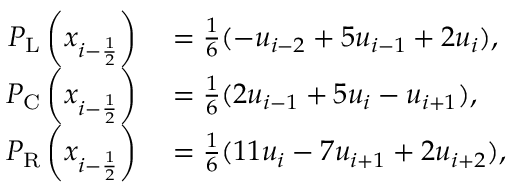
\begin{array} { r l } { P _ { \mathrm { L } } \left( x _ { i - \ensuremath { { \frac { 1 } { 2 } } } } \right) } & { { } = \frac { 1 } { 6 } ( - u _ { i - 2 } + 5 u _ { i - 1 } + 2 u _ { i } ) , } \\ { P _ { \mathrm { C } } \left( x _ { i - \ensuremath { { \frac { 1 } { 2 } } } } \right) } & { { } = \frac { 1 } { 6 } ( 2 u _ { i - 1 } + 5 u _ { i } - u _ { i + 1 } ) , } \\ { P _ { \mathrm { R } } \left( x _ { i - \ensuremath { { \frac { 1 } { 2 } } } } \right) } & { { } = \frac { 1 } { 6 } ( 1 1 u _ { i } - 7 u _ { i + 1 } + 2 u _ { i + 2 } ) , } \end{array}